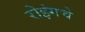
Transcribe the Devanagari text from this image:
रोइंगचे